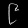
Digit: ၉